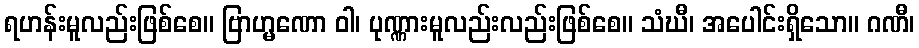
ရဟန်းမူလည်းဖြစ်စေ။ ဗြာဟ္မဏော ဝါ၊ ပုဏ္ဏားမူလည်းလည်းဖြစ်စေ။ သံဃီ၊ အပေါင်းရှိသော။ ဂဏီ၊